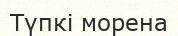
Түпкі морена